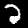
Label: 2